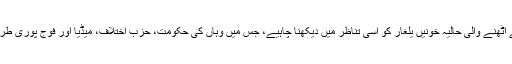
۳جون ۲۰۱۲ء سے اُٹھنے والی حالیہ خونیں یلغار کو اسی تناظر میں دیکھنا چاہیے، جس میں وہاں کی حکومت، حزبِ اختلاف، میڈیا اور فوج پوری طرح شریکِ کار ہیں۔